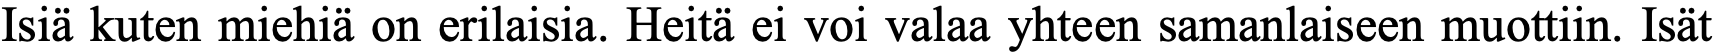
Isiä kuten miehiä on erilaisia. Heitä ei voi valaa yhteen samanlaiseen muottiin. Isät